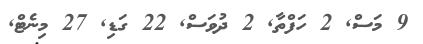
9 މަސް